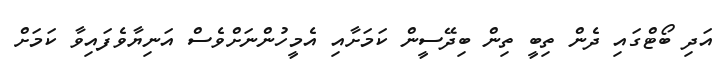
އަދި ބޯޓްގައި ދެން ތިބީ ތިން ބިދޭސީން ކަަމަށާއި އެމީހުންނަށްވެސް އަނިޔާވެފައިވާ ކަމަށް